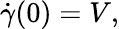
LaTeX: {\dot{\gamma}}(0)=V,